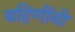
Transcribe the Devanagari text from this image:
बहिणींनी